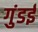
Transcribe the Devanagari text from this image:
गुंडई